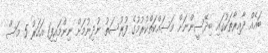
ބައެއް ދާއިރާތަކުގައި ބިދޭސީންނަށް މަސައްކަތްކުރުމުގެ ފުރުސަތު ނުދިނުމަށް ނިންމައިފި1 އަހަރު 5 މަސް